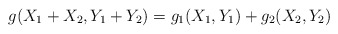
\begin{align*} g(X_{1}+X_{2},Y_{1}+Y_{2})=g_{1}(X_{1},Y_{1})+g_{2}(X_{2},Y_{2})\end{align*}